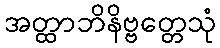
အတ္ထာဘိနိဗ္ဗတ္တေသုံ